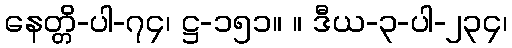
နေတ္တိ-ပါ-၇၄၊ ဋ္ဌ-၁၅၁။ ။ ဒီယ-၃-ပါ-၂၃၄၊